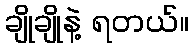
ချိုချိုနဲ့ ရတယ်။